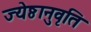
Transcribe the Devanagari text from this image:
ज्येष्ठानुवृति